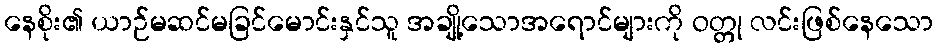
နေစိုး၏ ယာဉ်မဆင်မခြင်မောင်းနှင်သူ အချို့သောအရောင်များကို ဝတ္တု လင်းဖြစ်နေသော